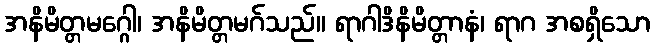
အနိမိတ္တမဂ္ဂေါ၊ အနိမိတ္တမဂ်သည်။ ရာဂါဒိနိမိတ္တာနံ၊ ရာဂ အစရှိသော